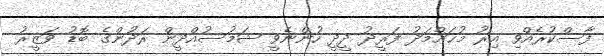
ފާސްކުރެއްވި އިރު މުޙައްމަދު ފަރީދު ދީދީ ހުންނެވީ ޝަމުސުއްދީން ރަދުންގެ ބޮޑު ވަޒީރު